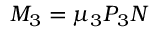
M _ { 3 } = \mu _ { 3 } P _ { 3 } N